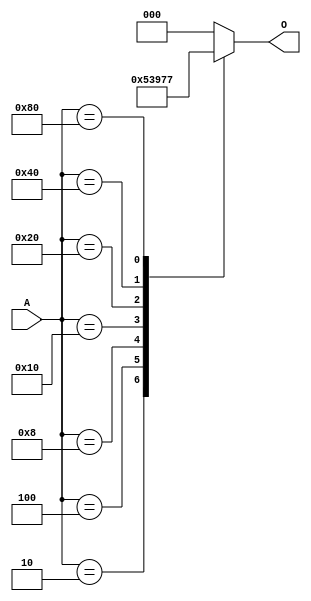
//CH2_83ENCODER.V

module CH2_83ENCODER(
	A,
	O
);

input[7:0]A;
output[2:0]O;

reg[2:0]O;

always @(A)
begin
	case(A)
		8'b00000001:O <= 3'b000;
		8'b00000010:O <= 3'b001;
		8'b00000100:O <= 3'b010;
		8'b00001000:O <= 3'b011;
		8'b00010000:O <= 3'b100;
		8'b00100000:O <= 3'b101;
		8'b01000000:O <= 3'b110;
		8'b10000000:O <= 3'b111;
		default:O <= 3'b000;
	endcase
end

endmodule